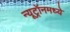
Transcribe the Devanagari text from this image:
न्यूट्रॉनमध्ये